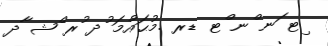
ިޓ ަނ ްނ ްޓ ޑރ .މުޙައްމަ ުދ ުރ ްޝ ާދ